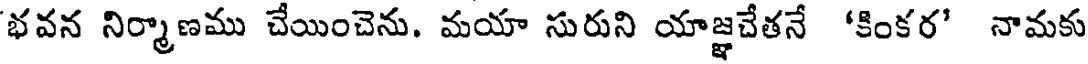
భవన నిర్మాణము చేయించెను. మయా సురుని యాజ్ఞచేతనే 'కింకర' నామకు